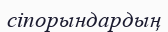
сіпорындардың